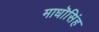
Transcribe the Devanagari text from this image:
माधॊसिंह